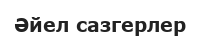
Әйел сазгерлер